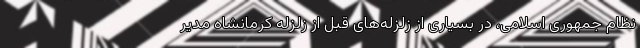
نظام جمهوری اسلامی، در بسیاری از زلزله‌های قبل از زلزله کرمانشاه مدیر